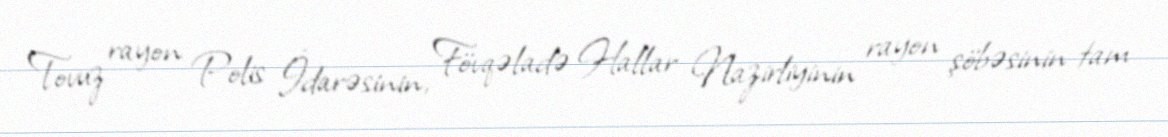
Tovuz rayon Polis İdarəsinin, Fövqəladə Hallar Nazirliyinin rayon şöbəsinin tam